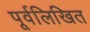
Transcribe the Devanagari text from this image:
पूर्वलिखित